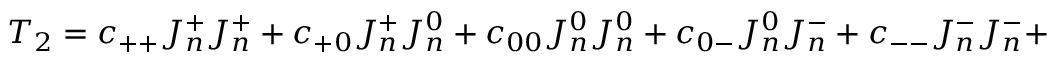
T _ { 2 } = c _ { + + } J _ { n } ^ { + } J _ { n } ^ { + } + c _ { + 0 } J _ { n } ^ { + } J _ { n } ^ { 0 } + c _ { 0 0 } J _ { n } ^ { 0 } J _ { n } ^ { 0 } + c _ { 0 - } J _ { n } ^ { 0 } J _ { n } ^ { - } + c _ { -- } J _ { n } ^ { - } J _ { n } ^ { - } +